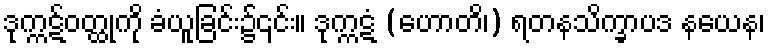
ဒုက္ကဋ်ဝတ္ထုကို ခံယူခြင်း၌၎င်း။ ဒုက္ကဋံ (ဟောတိ၊) ရတနသိက္ခာပဒ နယေန၊